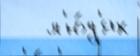
   л'ю́д'ях